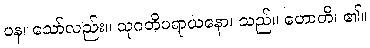
ပန၊ သော်လည်း။ သုဂတိပရာယနော၊ သည်။ ဟောတိ၊ ၏။